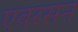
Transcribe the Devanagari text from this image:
एवरसन